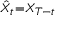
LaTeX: \scriptstyle { \hat { X } } _ { t } = X _ { T - t }